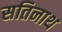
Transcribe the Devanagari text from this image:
सतिनाथ